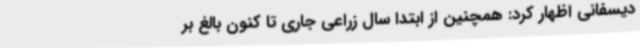
دیسفانی اظهار کرد: همچنین از ابتدا سال زراعی جاری تا کنون بالغ بر